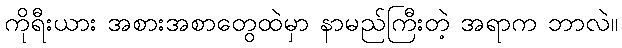
ကိုရီးယား အစားအစာတွေထဲမှာ နာမည်ကြီးတဲ့ အရာက ဘာလဲ။